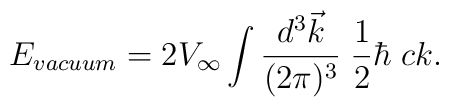
E_{\small vacuum} = 2 V_\infty \int {d^3 \vec k\over(2\pi)^3} \; {1\over2} \hbar \; c k.